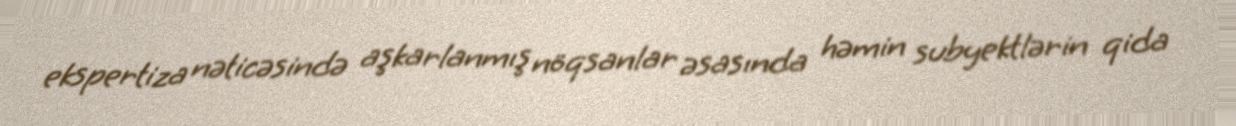
ekspertiza nəticəsində aşkarlanmış nöqsanlar əsasında həmin subyektlərin qida